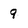
Character: 9